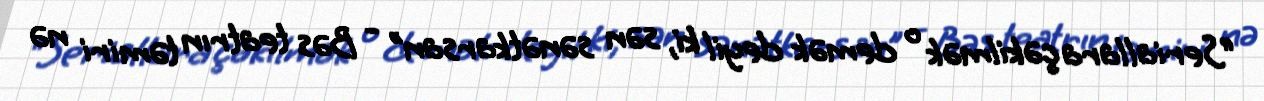
“Seriallara çəkilmək o demək deyil ki, sən sənətkarsan” - Bəs teatrın təmiri nə